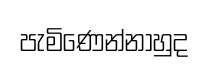
පැමිණෙන්නාහුද